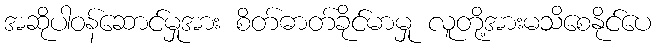
အဆိုပါဝန်ဆောင်မှုအား စိတ်ဓာတ်ခိုင်မာမှု လူတို့အားမသိစေနိုင်ပေ